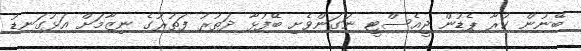
ބޭނުން ކުރާ ޕެޑުން ޖީއެސްޓީ ނަގަންވެށި ބޭފުޅާ ދަތުރު ފަތުރުގެ ނިޒާމަށް އަޅުގަނޑު